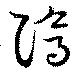
隝